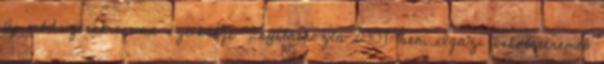
új módszerekre van szüksége – nyilatkozta 2007-ben. Igazi iskolateremtô